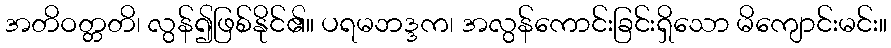
အတိဝတ္တတိ၊ လွန်၍ဖြစ်နိုင်၏။ ပရမဘဒ္ဒက၊ အလွန်ကောင်းခြင်းရှိသော မိကျောင်းမင်း။